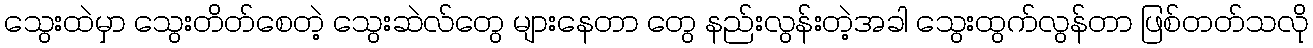
သွေးထဲမှာ သွေးတိတ်စေတဲ့ သွေးဆဲလ်တွေ များနေတာ တွေ နည်းလွန်းတဲ့အခါ သွေးထွက်လွန်တာ ဖြစ်တတ်သလို